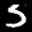
Label: 5